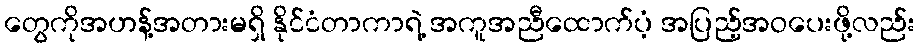
တွေကိုအဟန့်အတားမရှိ နိုင်ငံတာကာရဲ့ အကူအညီထောက်ပံ့ အပြည့်အဝပေးဖို့လည်း